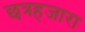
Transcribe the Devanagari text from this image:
छत्रहजारा